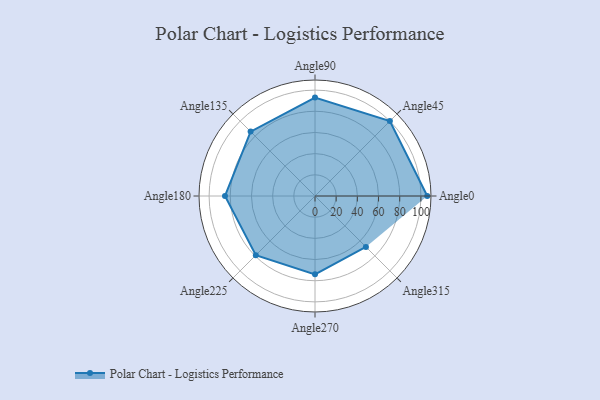
{"axis": {"x": "Angle", "y": "Radius"}, "legend": [""], "data": [{"x": "Angle0", "y": 106.0, "type": ""}, {"x": "Angle45", "y": 100.0, "type": ""}, {"x": "Angle90", "y": 93.0, "type": ""}, {"x": "Angle135", "y": 86.0, "type": ""}, {"x": "Angle180", "y": 85.0, "type": ""}, {"x": "Angle225", "y": 79.0, "type": ""}, {"x": "Angle270", "y": 74.0, "type": ""}, {"x": "Angle315", "y": 68.0, "type": ""}]}